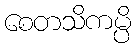
စေတသိကမ္ပိ